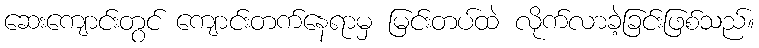
ဆေးကျောင်းတွင် ကျောင်းတက်နေရာမှ မြင်းတပ်ထဲ လိုက်လာခဲ့ခြင်းဖြစ်သည်။